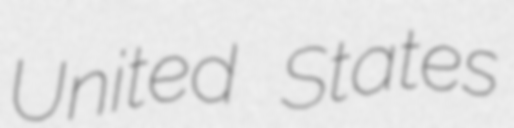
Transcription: United States